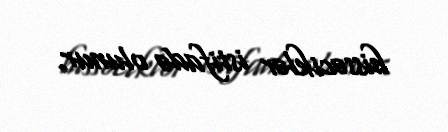
hissəciklər istifadə olunur.